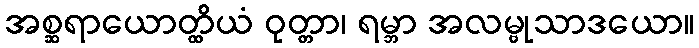
အစ္ဆရာယောတ္ထိယံ ဝုတ္တာ၊ ရမ္ဘာ အလမ္ဗုသာဒယော။